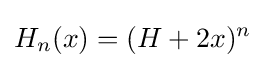
H_{n}(x)=(H+2x)^{n}\,\!